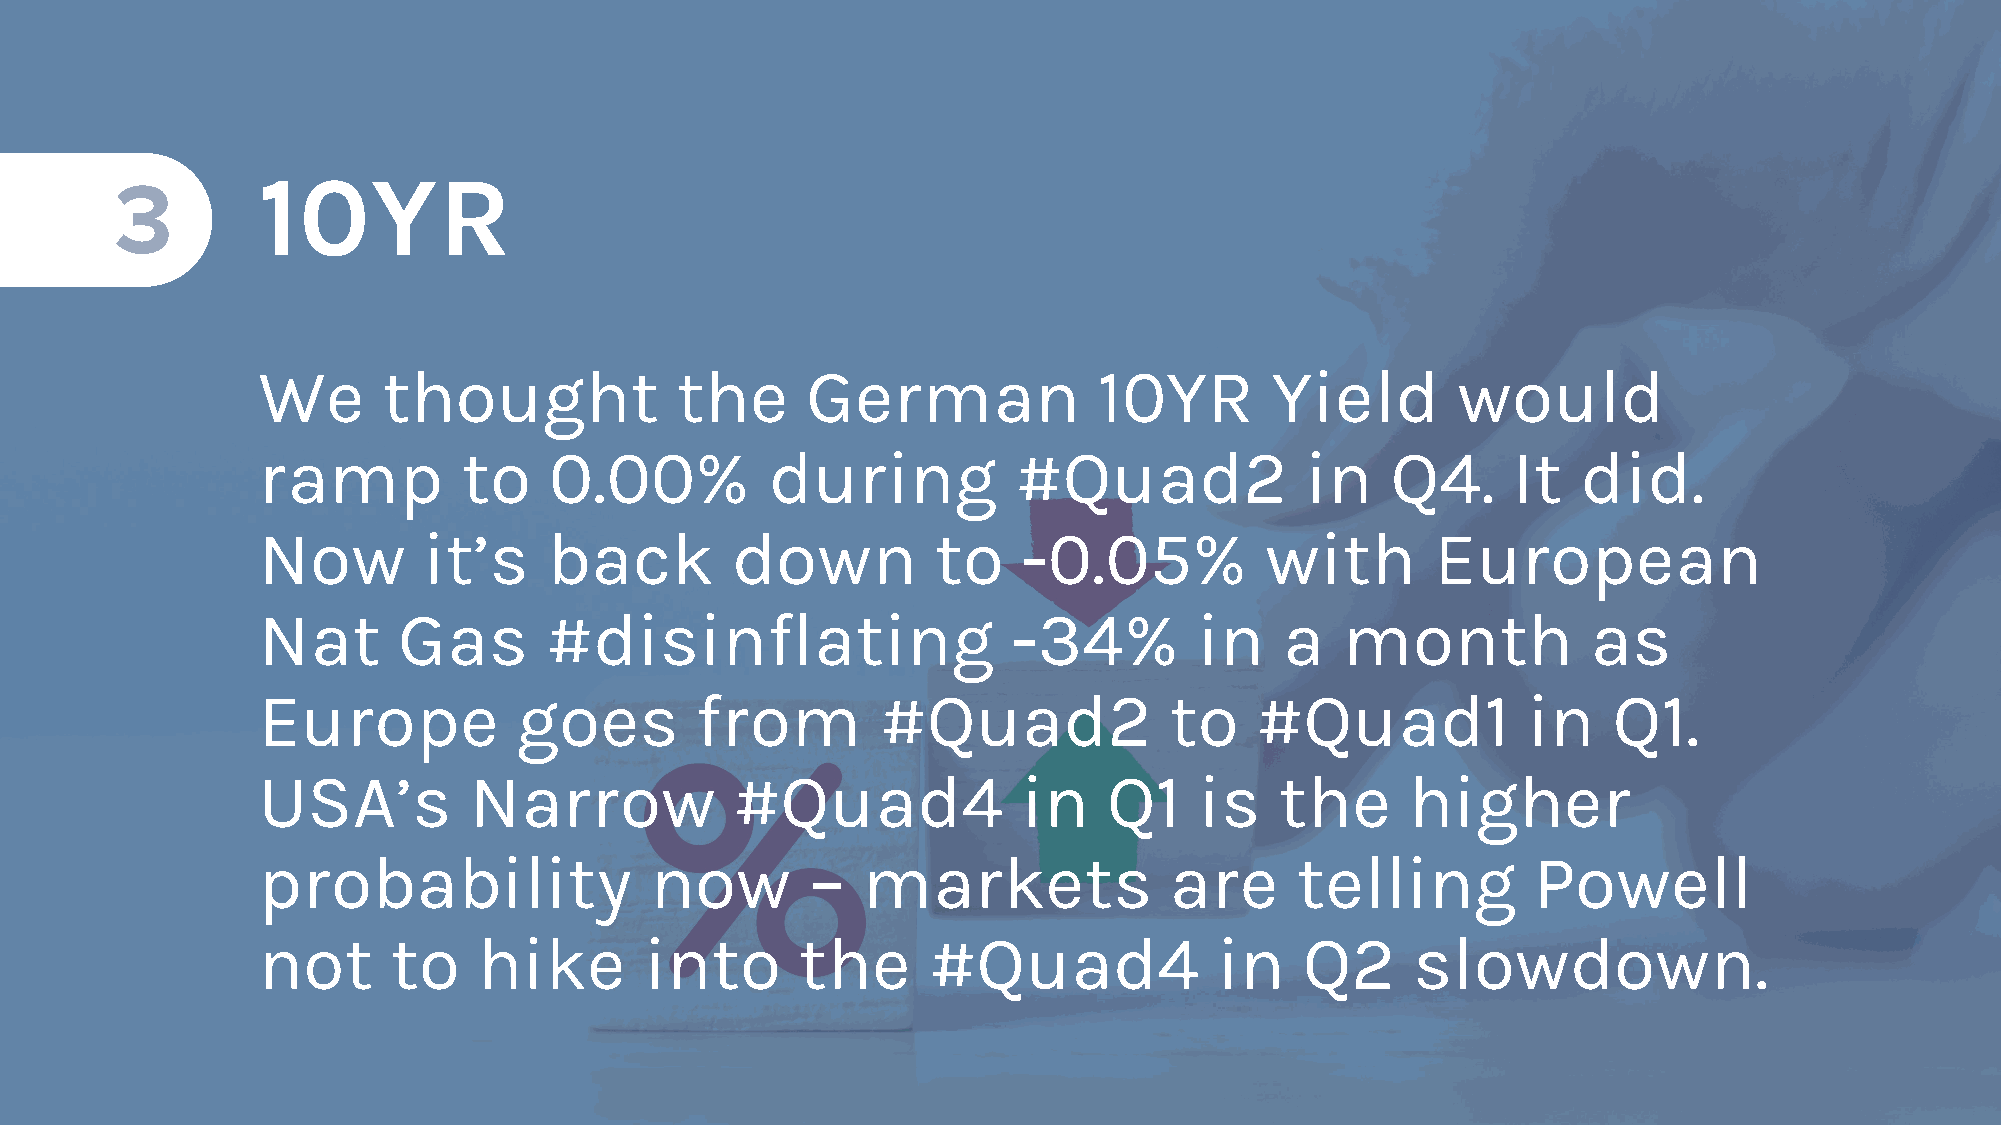
3        10YR
 We      thought             the     German              10YR       Yield       would
 ramp          to   0.00%          during          #Quad2             in    Q4.     It   did.
 Now        it’s    back        down          to    -0.05%          with       European
 Nat      Gas       #disinflating                  -34%        in    a   month           as
 Europe           goes        from        #Quad2             to    #Quad1            in    Q1.
 USA’s         Narrow            #Quad4             in   Q1    is    the     higher
 probability               now        –  markets             are      telling         Powell
 not      to    hike       into      the     #Quad4              in   Q2      slowdown.